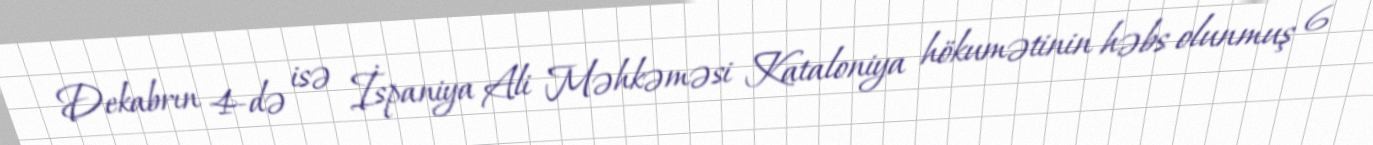
Dekabrın 4-də isə İspaniya Ali Məhkəməsi Kataloniya hökumətinin həbs olunmuş 6